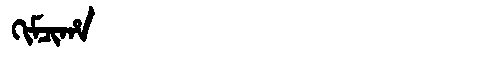
Manchu: ᡴᡳᠮᠴᡳᡥᠠ
Romanization: KIMCIHA